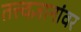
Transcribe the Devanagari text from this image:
तत्त्वज्ञानांवर